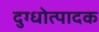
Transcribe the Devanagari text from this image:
दुग्धोत्पादक